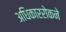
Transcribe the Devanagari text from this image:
अधिकाररोकने